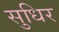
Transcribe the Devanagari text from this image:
सुधिर